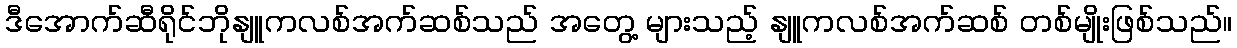
ဒီအောက်ဆီရိုင်ဘိုနျူကလစ်အက်ဆစ်သည် အတွေ့ များသည့် နျူကလစ်အက်ဆစ် တစ်မျိုးဖြစ်သည်။